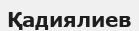
Қадиялиев